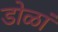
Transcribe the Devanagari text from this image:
डोळां